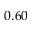
0 . 6 0